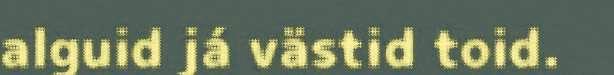
alguid já västid toid.